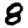
Digit: 8